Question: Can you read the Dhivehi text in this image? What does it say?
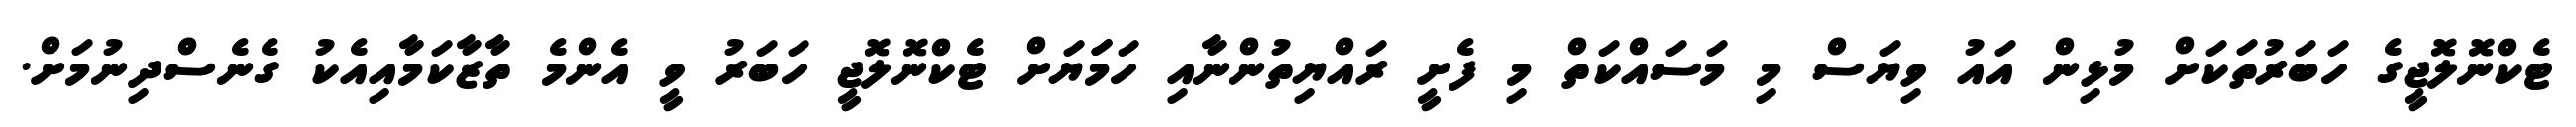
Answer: ޓެކްނޮލޮޖީގެ ހަބަރުތަކަށް މުޅިން އައު ވިޔަސް މި މަސައްކަތް މި ފެށީ ރައްޔިތުންނާއި ހަމަަޔަށް ޓެކްނޮލޮޖީ ހަބަރު ވީ އެންމެ ތާޒާކަމާއިއެކު ގެނެސްދިނުމަށް.